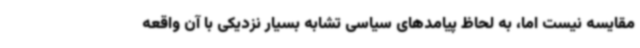
مقایسه نیست اما، به لحاظ پیامدهای سیاسی تشابه بسیار نزدیکی با آن واقعه